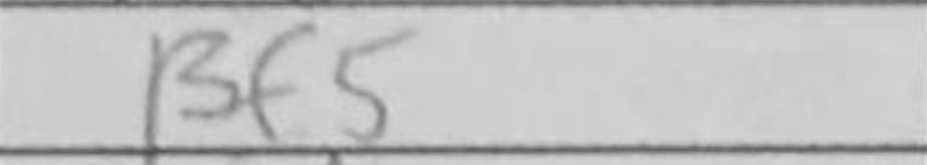
Transcription: Bf5